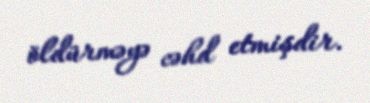
öldürməyə cəhd etmişdir.